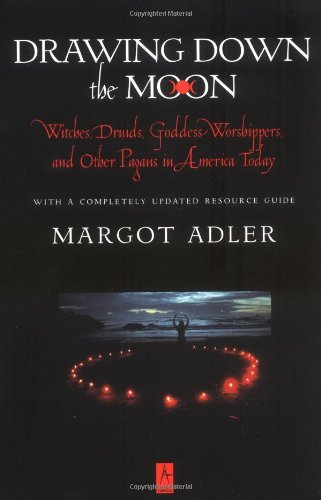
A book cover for Drawing Down the Moon: Witches, Druids, Goddess-Worshippers, and Other Pagans in America Today (Compass); Margot Adler; Religion & Spirituality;